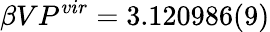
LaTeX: \beta VP^{vir}=3.120986(9)